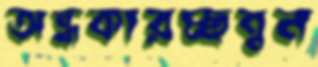
অন্ধকারচ্ছন্নন